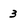
Character: 3